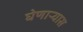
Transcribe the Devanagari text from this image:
घेणाऱ्यास